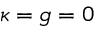
\kappa = g = 0